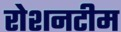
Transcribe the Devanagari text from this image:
रोशनटीम